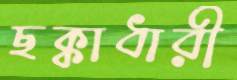
ছক্কাধারী